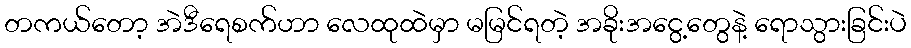
တကယ်တော့ အဲဒီရေစက်ဟာ လေထုထဲမှာ မမြင်ရတဲ့ အခိုးအငွေ့တွေနဲ့ ရောသွားခြင်းပဲ